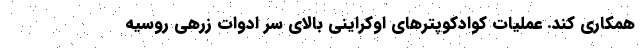
همکاری کند. عملیات کوادکوپتر‌های اوکراینی بالای سر ادوات زرهی روسیه